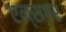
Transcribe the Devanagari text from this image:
एन्सगर